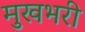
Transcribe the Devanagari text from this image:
मुखभरी